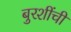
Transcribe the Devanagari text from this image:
बुरशींची